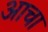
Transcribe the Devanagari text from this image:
आचा